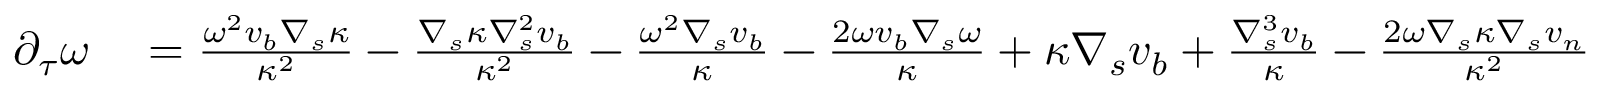
\begin{array} { r l } { \partial _ { \tau } \omega } & { { } = \frac { \omega ^ { 2 } v _ { b } \nabla _ { s } \kappa } { \kappa ^ { 2 } } - \frac { \nabla _ { s } \kappa \nabla _ { s } ^ { 2 } v _ { b } } { \kappa ^ { 2 } } - \frac { \omega ^ { 2 } \nabla _ { s } v _ { b } } { \kappa } - \frac { 2 \omega v _ { b } \nabla _ { s } \omega } { \kappa } + \kappa \nabla _ { s } v _ { b } + \frac { \nabla _ { s } ^ { 3 } v _ { b } } { \kappa } - \frac { 2 \omega \nabla _ { s } \kappa \nabla _ { s } v _ { n } } { \kappa ^ { 2 } } } \end{array}